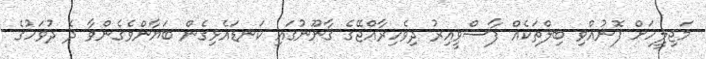
މަޖިލީހަށް ފޮނުއްވި ބިލްތަކެއް ފާސްވީއިރު ދިވެހިރާއްޖޭގެ ޤާނޫނުގައި ކަނޑައެޅިގެން ބަޔާންވެގެންވާ ދެ ދުވަހުގެ